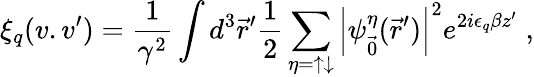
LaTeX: \xi_{q}(v.v^{\prime})=\frac{1}{\gamma^{2}}\int d^{3}{\vec{r}}^{\prime}\frac{1}{2}\sum_{\eta=\uparrow\downarrow}{\left\vert\psi_{\vec{0}}^{\eta}({\vec{r}}^{\prime})\right\vert}^{2}e^{2i\epsilon_{q}\beta z^{\prime}}\; ,